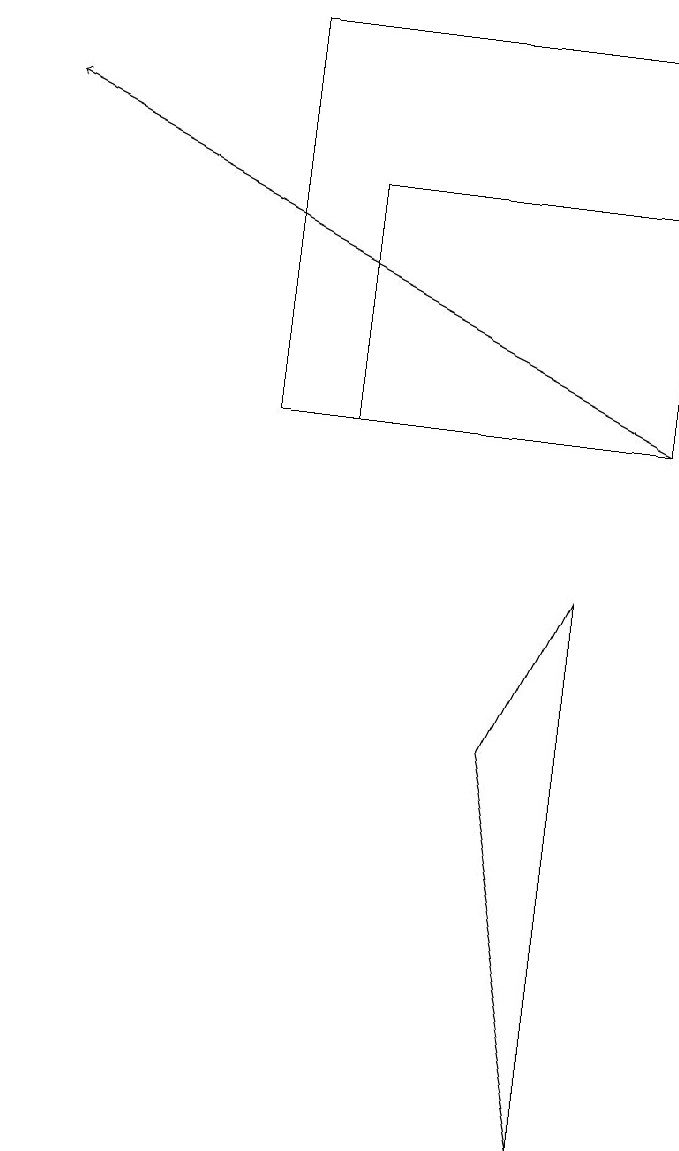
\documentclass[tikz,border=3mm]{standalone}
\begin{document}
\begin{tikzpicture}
\draw[->] (9,11) -- (1,15);
\draw (7,7) -- (8,9) -- (8,2) -- cycle;
\draw (9,16) rectangle (4,11);
\draw (9,14) rectangle (5,11);
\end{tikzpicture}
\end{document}